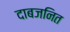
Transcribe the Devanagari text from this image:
दाबजनित